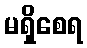
မရှိစေရ